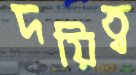
দয়িত্ব